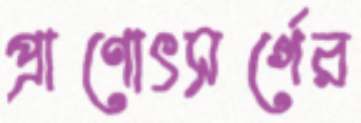
প্রাণোৎসর্গের